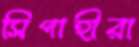
সিপাহীরা